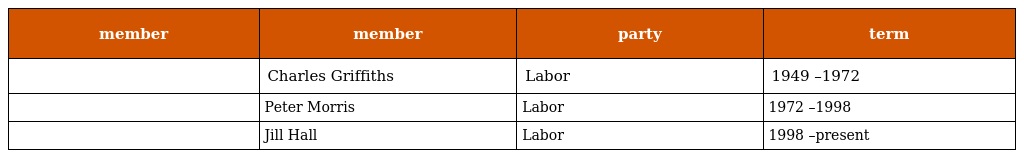
| member | member | party | term |
 | --- | --- | --- | --- |
 |  | Charles Griffiths | Labor | 1949 –1972 |
 |  | Peter Morris | Labor | 1972 –1998 |
 |  | Jill Hall | Labor | 1998 –present |